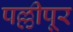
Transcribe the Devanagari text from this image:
पल्लीपूर